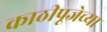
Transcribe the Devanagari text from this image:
काठीपूजेच्या